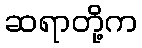
ဆရာတို့က